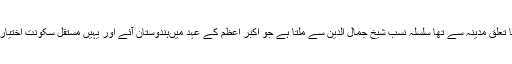
والدہ کا تعلق مدینہ سے تھا سلسلہ نسب شیخ جمال الدین سے ملتا ہے جو اکبر اعظم کے عہد میںہندوستان آئے اور یہیں مستقل سکونت اختیار کرلی۔